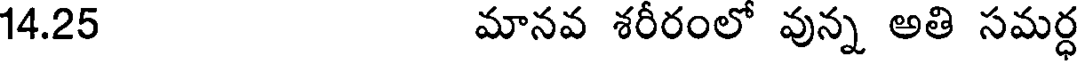
14.25 మానవ శరీరంలో వున్న అతి సమర్ధ